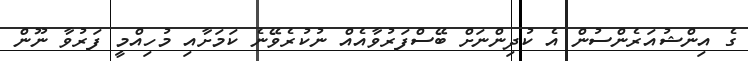
ގެ އިންޝުއަރެންސުން އެ ކުދިންނަށް ބޭސްފަރުވާއެއް ނުކުރެވޭނެ ކަމަށާއި މުހިއްމީ ފަރުވާ ނޫން